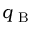
q _ { \mathrm { ~ B ~ } }